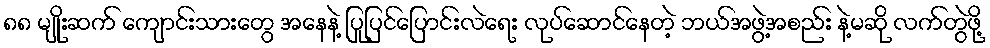
၈၈ မျိုးဆက် ကျောင်းသားတွေ အနေနဲ့ ပြုပြင်ပြောင်းလဲရေး လုပ်ဆောင်နေတဲ့ ဘယ်အဖွဲ့အစည်း နဲ့မဆို လက်တွဲဖို့